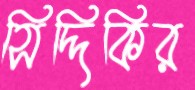
সিদ্দিকির